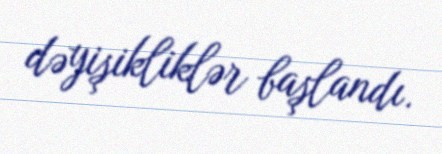
dəyişikliklər başlandı.